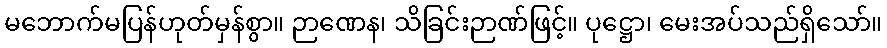
မဘောက်မပြန်ဟုတ်မှန်စွာ။ ဉာဏေန၊ သိခြင်းဉာဏ်ဖြင့်။ ပုဋ္ဌော၊ မေးအပ်သည်ရှိသော်။